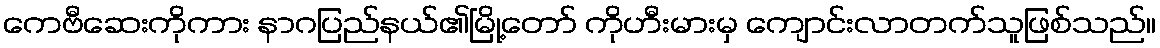
ကေဗီဆေးကိုကား နာဂပြည်နယ်၏မြို့တော် ကိုဟီးမားမှ ကျောင်းလာတက်သူဖြစ်သည်။